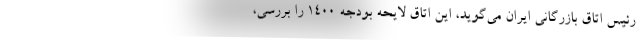
رئیس اتاق بازرگانی ایران می‌گوید، این اتاق لایحه بودجه ۱۴۰۰ را بررسی،